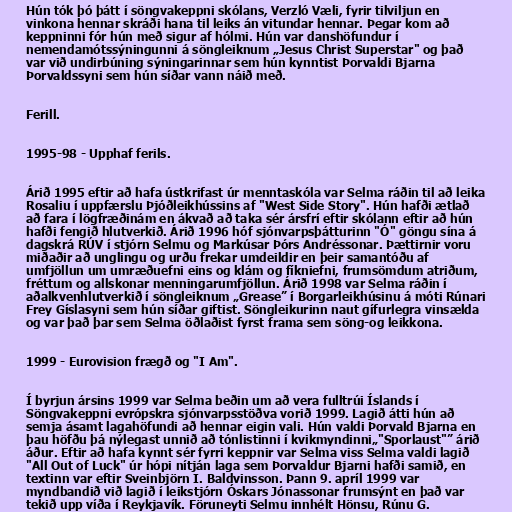
Hún tók þó þátt í söngvakeppni skólans, Verzló Væli, fyrir tilviljun en
vinkona hennar skráði hana til leiks án vitundar hennar. Þegar kom að
keppninni fór hún með sigur af hólmi. Hún var danshöfundur í
nemendamótssýningunni á söngleiknum „Jesus Christ Superstar" og það
var við undirbúning sýningarinnar sem hún kynntist Þorvaldi Bjarna
Þorvaldssyni sem hún síðar vann náið með.

Ferill.

1995-98 - Upphaf ferils.

Árið 1995 eftir að hafa ústkrifast úr menntaskóla var Selma ráðin til að leika
Rosaliu í uppfærslu Þjóðleikhússins af "West Side Story". Hún hafði ætlað
að fara í lögfræðinám en ákvað að taka sér ársfrí eftir skólann eftir að hún
hafði fengið hlutverkið. Árið 1996 hóf sjónvarpsþátturinn "Ó" göngu sína á
dagskrá RÚV í stjórn Selmu og Markúsar Þórs Andréssonar. Þættirnir voru
miðaðir að unglingu og urðu frekar umdeildir en þeir samantóðu af
umfjöllun um umræðuefni eins og klám og fíkniefni, frumsömdum atriðum,
fréttum og allskonar menningarumfjöllun. Árið 1998 var Selma ráðin í
aðalkvenhlutverkið í söngleiknum „Grease” í Borgarleikhúsinu á móti Rúnari
Frey Gíslasyni sem hún síðar giftist. Söngleikurinn naut gífurlegra vinsælda
og var það þar sem Selma öðlaðist fyrst frama sem söng-og leikkona.

1999 - Eurovision frægð og "I Am".

Í byrjun ársins 1999 var Selma beðin um að vera fulltrúi Íslands í
Söngvakeppni evrópskra sjónvarpsstöðva vorið 1999. Lagið átti hún að
semja ásamt lagahöfundi að hennar eigin vali. Hún valdi Þorvald Bjarna en
þau höfðu þá nýlegast unnið að tónlistinni í kvikmyndinni„"Sporlaust"” árið
áður. Eftir að hafa kynnt sér fyrri keppnir var Selma viss Selma valdi lagið
"All Out of Luck" úr hópi nítján laga sem Þorvaldur Bjarni hafði samið, en
textinn var eftir Sveinbjörn I. Baldvinsson. Þann 9. apríl 1999 var
myndbandið við lagið í leikstjórn Óskars Jónassonar frumsýnt en það var
tekið upp víða í Reykjavík. Föruneyti Selmu innhélt Hönsu, Rúnu G.